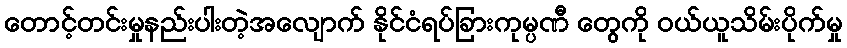
တောင့်တင်းမှုနည်းပါးတဲ့အလျောက် နိုင်ငံရပ်ခြားကုမ္ပဏီ တွေကို ဝယ်ယူသိမ်းပိုက်မှု